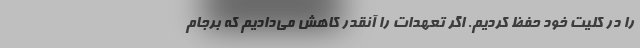
را در کلیت خود حفظ کردیم. اگر تعهدات را آنقدر کاهش می‌دادیم که برجام